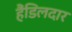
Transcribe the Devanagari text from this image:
हैंडिलदार